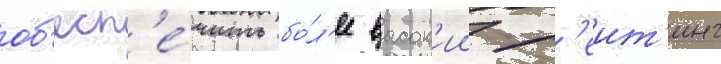
об'есп'е́чить бо́л'ее высок'ии р'еит'инг